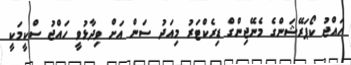
ހައްޖު ކޯޕަރޭޝަންގެ މެނޭޖިންގް ޑިރެކްޓަރު މިއަދު ސަން އަށް ވިދާޅުވީ ހައްޖު ސްކީމަކީ